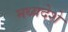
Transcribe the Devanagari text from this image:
मध्यदेशे